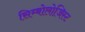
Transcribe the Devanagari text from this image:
सिम्बोलोजिस्ट